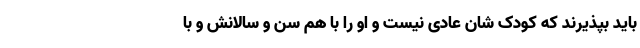
باید بپذیرند که کودک شان عادی نیست و او را با هم سن و سالانش و با